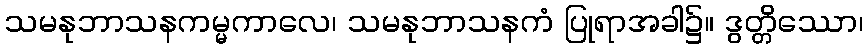
သမနုဘာသနကမ္မကာလေ၊ သမနုဘာသနကံ ပြုရာအခါ၌။ ဒွတ္တိဿော၊